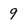
Character: 9